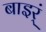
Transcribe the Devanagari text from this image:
बाइर्ं